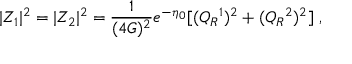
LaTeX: | Z _ { 1 } | ^ { 2 } = | Z _ { 2 } | ^ { 2 } = { \frac { 1 } { ( 4 G ) ^ { 2 } } } e ^ { - \eta _ { 0 } } [ ( Q _ { R } { } ^ { 1 } ) ^ { 2 } + ( Q _ { R } { } ^ { 2 } ) ^ { 2 } ] \ ,